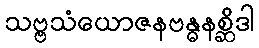
သဗ္ဗသံယောဇနဗန္ဓနစ္ဆိဒါ